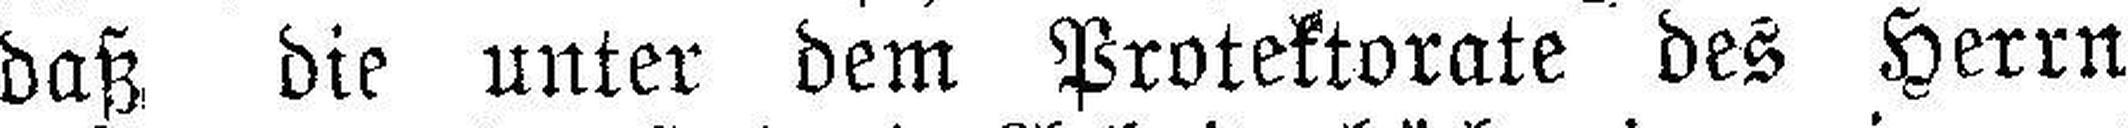
daß die unter dem Protektorate des Herrn